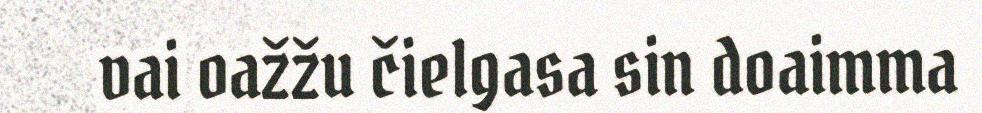
vai oažžu čielgasa sin doaimma